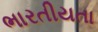
ભારતીયતા